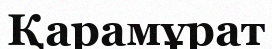
Қарамұрат